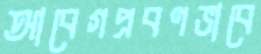
আবেগপ্রবণভাবে